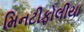
મિનટીફોલીયા